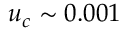
u _ { c } \sim 0 . 0 0 1